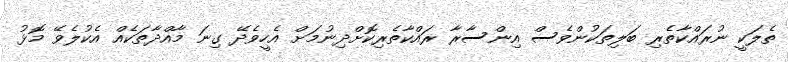
ތެލަކީ ނުރައްކާތެރި ބަލިތަކުންވެސް އިންސާރާ ރައްކާތެރިކޮށްދިނުމަށް އެހީވެދޭ ގިނަ މާއްދާތަކެއް އެކުލެވޭ މޮޅު